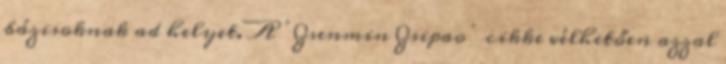
bázisoknak ad helyet. A ’Zsenmin Zsipao’ cikke vélhetően azzal